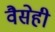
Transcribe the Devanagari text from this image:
वैसेही